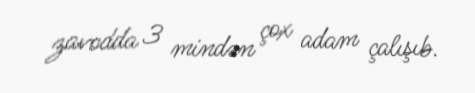
zavodda 3 mindən çox adam çalışıb.